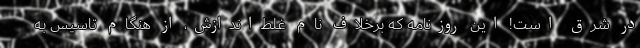
در شرق است! این روزنامه که برخلاف نام غلط‌اندازش، از هنگام تاسیس به